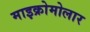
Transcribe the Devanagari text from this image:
माइक्रोमोलार